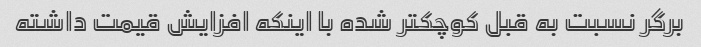
برگر نسبت به قبل کوچکتر شده با اینکه افزایش قیمت داشته